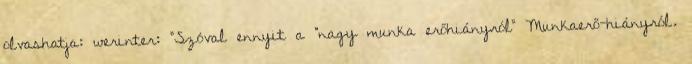
olvashatja: werinter: "Szóval ennyit a "nagy munka erőhiányról" Munkaerő-hiányról.